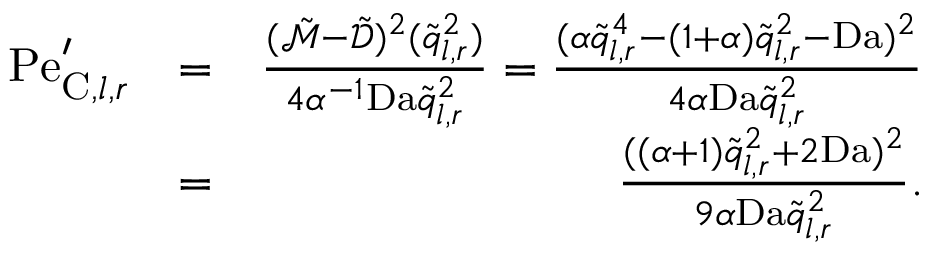
\begin{array} { r l r } { \mathrm { P e } _ { \mathrm { C } , l , r } ^ { \prime } } & { = } & { \frac { ( \tilde { \mathcal { M } } - \tilde { \mathcal { D } } ) ^ { 2 } ( \tilde { q } _ { l , r } ^ { 2 } ) } { 4 \alpha ^ { - 1 } \mathrm { D a } \tilde { q } _ { l , r } ^ { 2 } } = \frac { ( \alpha \tilde { q } _ { l , r } ^ { 4 } - ( 1 + \alpha ) \tilde { q } _ { l , r } ^ { 2 } - \mathrm { D a } ) ^ { 2 } } { 4 \alpha \mathrm { D a } \tilde { q } _ { l , r } ^ { 2 } } } \\ & { = } & { \frac { ( ( \alpha + 1 ) \tilde { q } _ { l , r } ^ { 2 } + 2 \mathrm { D a } ) ^ { 2 } } { 9 \alpha \mathrm { D a } \tilde { q } _ { l , r } ^ { 2 } } . } \end{array}